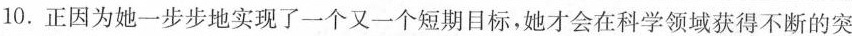
10.正因为她一步步地实现了一个又一个短期目标，她才会在科学领域获得不断的突